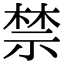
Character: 禁